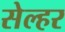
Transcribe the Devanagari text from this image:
सेल्हर